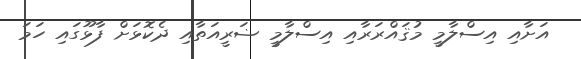
އަށާއި އިސްލާމީ މުޤައްރަރާއި އިސްލާމީ ޟަރީއަތާއި ދެކޮޅަށް ފާޅޫގައި ހަމަ